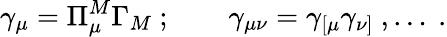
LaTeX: \gamma_{\mu}=\Pi_{\mu}^{M}\Gamma_{M}\ ;\qquad\gamma_{\mu\nu}=\gamma_{[\mu}\gamma_{\nu]}\ ,\ldots\ .